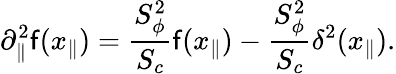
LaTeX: \partial_{\| }^{2}\mathsf{f}(x_{\| })={\frac{{S_{\phi}^{2}}}{{S_{c}}}}\mathsf{f}(x_{\| })-{\frac{{S_{\phi}^{2}}}{{S_{c}}}}\delta^{2}(x_{\| }).